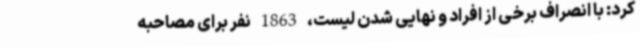
کرد: با انصراف برخی از افراد و نهایی شدن لیست، 1863 نفر برای مصاحبه